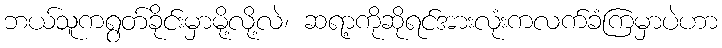
ဘယ်သူကရွတ်ခိုင်းမှာမို့လို့လဲ၊ ဆရာ့ကိုဆိုရင်အားလုံးကလက်ခံကြမှာပဲဟာ